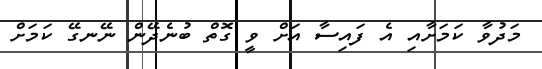
މަދުވާ ކަމަށާއި އެ ފައިސާ އަށް ވީ ގޮތް ބުނެދޭން ނޭނގޭ ކަމަށް